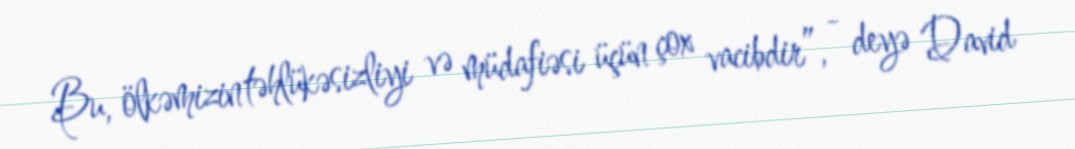
Bu, ölkəmizin təhlükəsizliyi və müdafiəsi üçün çox vacibdir”, - deyə David